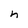
Character: n